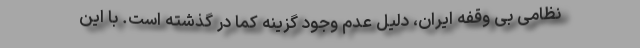
نظامی بی وقفه ایران، دلیل عدم وجود گزینه کما در گذشته است. با این